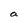
Character: a